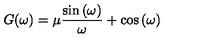
G ( \omega ) = \mu \frac { \sin \left( \omega \right) } { \omega } + \cos \left( \omega \right)